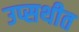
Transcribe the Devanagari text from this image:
उप्सथीत